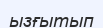
ызғытып